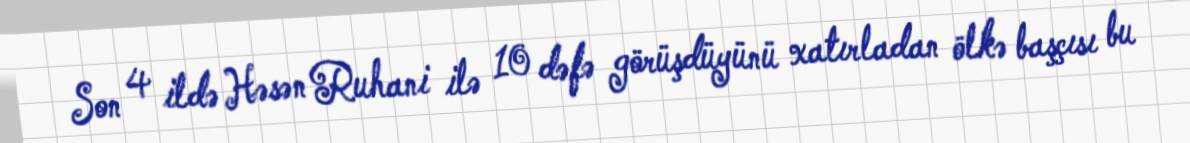
Son 4 ildə Həsən Ruhani ilə 10 dəfə görüşdüyünü xatırladan ölkə başçısı bu